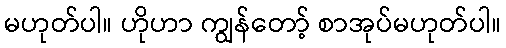
မဟုတ်ပါ။ ဟိုဟာ ကျွန်တော့် စာအုပ်မဟုတ်ပါ။